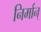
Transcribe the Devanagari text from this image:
निर्मान्